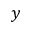
y